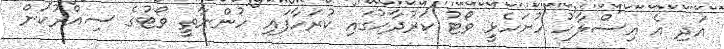
އަދި އެ އިސްލާހު ހުށަހެޅީ ވޯޓު ކަރުދާހުގައި ކުރަހާފައި ހުންނާތީ ވޯޓުގެ ސިއްރުކަން